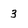
Character: 3